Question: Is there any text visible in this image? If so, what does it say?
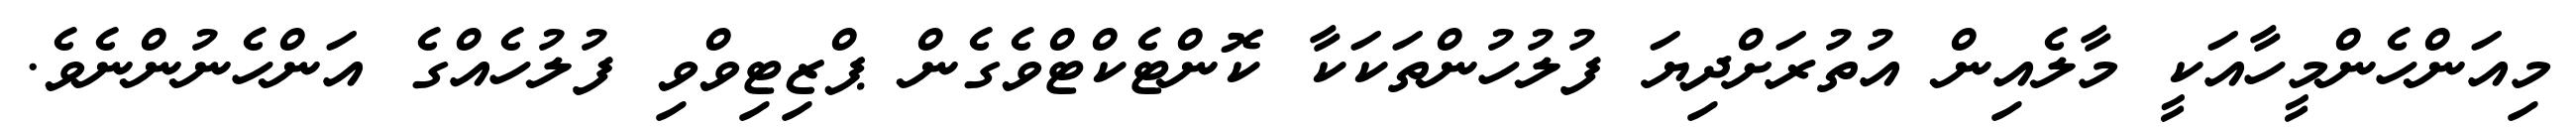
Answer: މިއަންހެންމީހާއަކީ މާލެއިން އުތުރަށްދިޔަ ފުލުހުންތަކަކާ ކޮންޓެކްޓްވެގެން ޕްޒިޓިވްވި ފުލުހެއްގެ އަންހެނުންނެވެ.